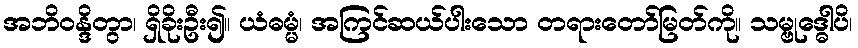
အဘိဝန္ဒိတွာ၊ ရှိခိုးဦး၍။ ယံဓမ္မံ၊ အကြင်ဆယ်ပါးသော တရားတော်မြတ်ကို။ သမ္ဗုဒ္ဓေါပိ၊